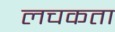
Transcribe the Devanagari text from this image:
लचकता